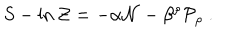
S - \ln { \cal Z } = - \alpha { \cal N } - \beta ^ { \rho } { \cal P } _ { \rho } \ .